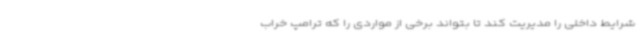
شرایط داخلی را مدیریت کند تا بتواند برخی از مواردی را که ترامپ خراب